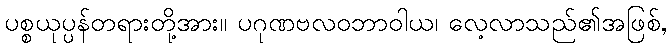
ပစ္စယုပ္ပန်တရားတို့အား။ ပဂုဏဗလဝဘာဝါယ၊ လေ့လာသည်၏အဖြစ်,